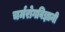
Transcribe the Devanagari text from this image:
चर्मरोगविज्ञानी